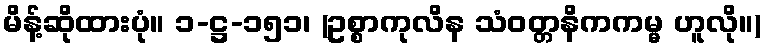
မိန့်ဆိုထားပုံ။ ၁-ဋ္ဌ-၁၅၁၊ (ဥစ္စာကုလိန သံဝတ္တနိကကမ္မ ဟူလို။)